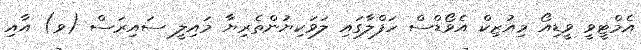
އެމްޓީވީ ވީޑިއޯ މިއުޒިކް އެވޯޑްސް ހަފްލާގައި ލަވަކިޔުންތެރިޔާ މައިލީ ސައިރަސް (ވ) އާއި